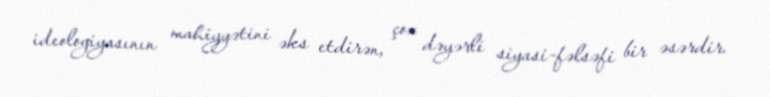
ideologiyasının mahiyyətini əks etdirən, çox dəyərli siyasi-fəlsəfi bir əsərdir.